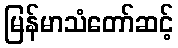
မြန်မာသံတော်ဆင့်